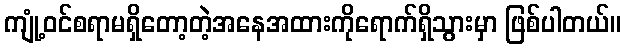
ကျုံ့ဝင်စရာမရှိတော့တဲ့အနေအထားကိုရောက်ရှိသွားမှာ ဖြစ်ပါတယ်။